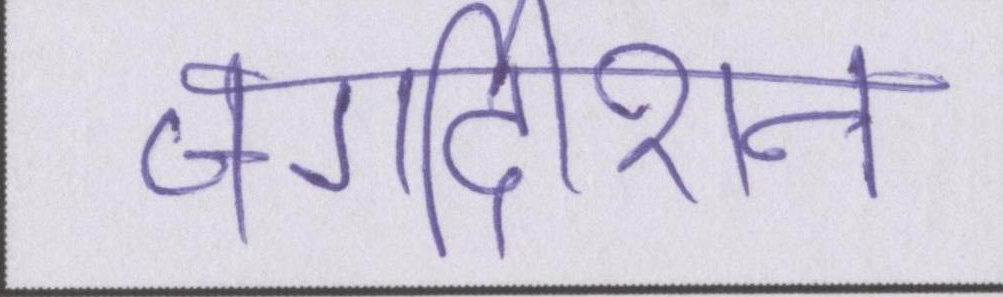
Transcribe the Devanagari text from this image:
जगदीशन